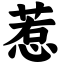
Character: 惹